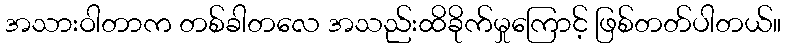
အသားဝါတာက တစ်ခါတလေ အသည်းထိခိုက်မှုကြောင့် ဖြစ်တတ်ပါတယ်။